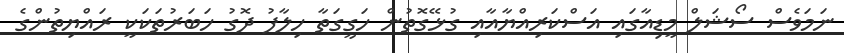
ނަމަވެސް ސޯޝަލް މީޑިއާގައި އަސްކަރިއްޔާއާއި ގުޅޭގޮތުން ހަގީގަތާ ހިލާފު ދޮގު ހަބަރުތަކަކީ ރައްޔިތުންގެ